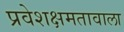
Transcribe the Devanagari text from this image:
प्रवेशक्षमतावाला